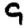
Digit: 9